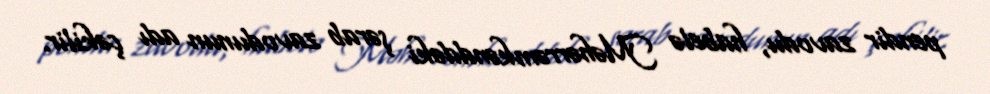
pendir zavodu, habelə Məhərrəmkənddəki şərab zavodunun adı çəkilir.